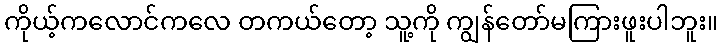
ကိုယ့်ကလောင်ကလေ တကယ်တော့ သူ့ကို ကျွန်တော်မကြားဖူးပါဘူး။